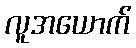
လူအယောက်